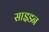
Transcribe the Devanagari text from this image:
साइडन